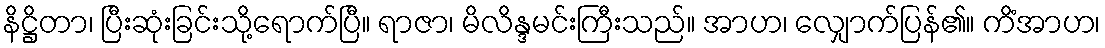
နိဋ္ဌိတာ၊ ပြီးဆုံးခြင်းသို့ရောက်ပြီ။ ရာဇာ၊ မိလိန္ဒမင်းကြီးသည်။ အာဟ၊ လျှောက်ပြန်၏။ ကိံအာဟ၊